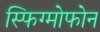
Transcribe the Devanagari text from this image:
स्फिग्मोफोन